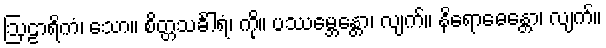
ဩဠာရိကံ၊ သော။ စိတ္တသင်္ခါရံ၊ ကို။ ပဿမ္ဘေန္တော၊ လျက်။ နိရောဓေန္တော၊ လျက်။